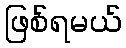
ဖြစ်ရမယ်